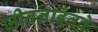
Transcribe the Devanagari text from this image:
जीवनाइतके